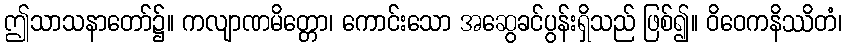
ဤသာသနာတော်၌။ ကလျာဏမိတ္တော၊ ကောင်းသော အဆွေခင်ပွန်းရှိသည် ဖြစ်၍။ ဝိဝေကနိဿိတံ၊